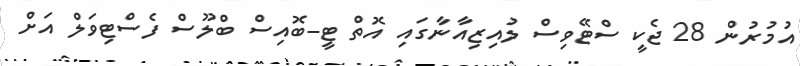
އުމުރުން 28 ޖެކީ ސްޓޭވިސް ލުއިޒިއާނާގައި އޮތް ޓީ-ބޮއިސް ބްލޫސް ފެސްޓިވަލް އަށް